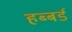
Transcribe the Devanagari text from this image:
हब्बर्ड